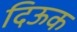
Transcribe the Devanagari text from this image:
दिऊक